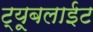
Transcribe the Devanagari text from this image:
ट्यूबलाईट